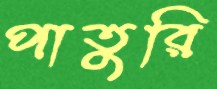
পাতুরি